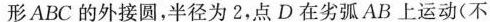
形ABC的外接圆，半径为2，点D在劣弧AB上运动(不